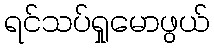
ရင်သပ်ရှုမောဖွယ်